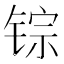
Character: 𫓽